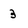
Character: 3